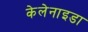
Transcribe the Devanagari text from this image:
केलेनाइडा